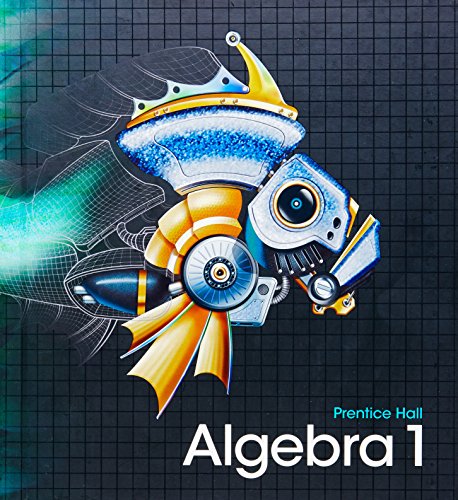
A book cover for HIGH SCHOOL MATH 2011 ALGEBRA 1 STUDENT EDITION; Prentice Hall; Teen & Young Adult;